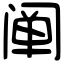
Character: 阐